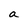
Character: a